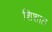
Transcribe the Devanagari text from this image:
शिशात